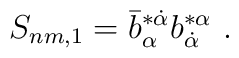
S_{nm,1}= \bar b^{*\dot\alpha}_\alpha b^{*\alpha}_{\dot \alpha}\ .